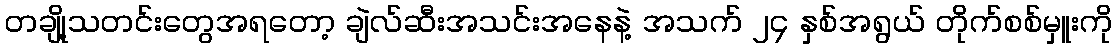
တချို့သတင်းတွေအရတော့ ချဲလ်ဆီးအသင်းအနေနဲ့ အသက် ၂၄ နှစ်အရွယ် တိုက်စစ်မှူးကို